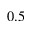
0 . 5